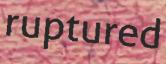
ruptured